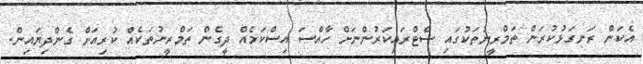
އެކަން ރަނގަޅުކުރަން ތަމްރީނުތަކުގައި ސްޓްރައިކަރުންނަށް ހާއްސަ އިސްކަމެއް ދީގެން ތަމްރީނުތަކެއް ކުރިއަށް ގެންދިޔައިން.